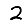
Digit: 2